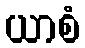
ယာစံ